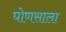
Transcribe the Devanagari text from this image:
घोणसाला